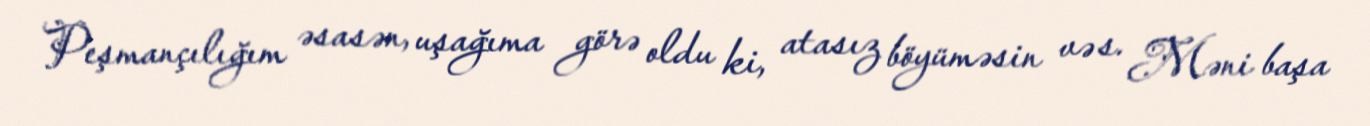
Peşmançılığım əsasən, uşağıma görə oldu ki, atasız böyüməsin və s. Məni başa